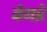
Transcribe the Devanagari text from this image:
बेयरे